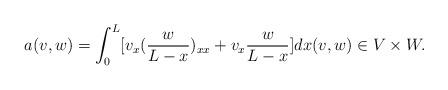
LaTeX: \begin{align*}a(v,w) = \int_0^L [v_x ( \frac{w}{L-x} )_{xx} + v_x\frac{w}{L-x} ]dx(v,w)\in V\times W. \end{align*}